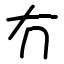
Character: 冇